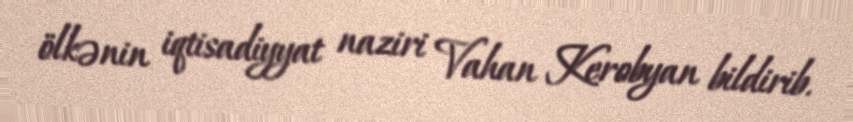
ölkənin iqtisadiyyat naziri Vahan Kerobyan bildirib.